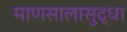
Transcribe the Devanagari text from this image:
माणसालासुद्धा